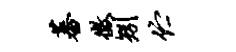
蕃征矧伫